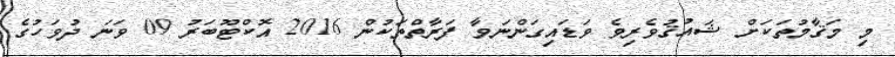
މި މަޤާމުތަކަށް ޝައުޤުވެރިވެ ވަޑައިގަންނަވާ ފަރާތްތަކުން 2016 އޮކްޓޫބަރު 09 ވަނަ ދުވަހުގެ